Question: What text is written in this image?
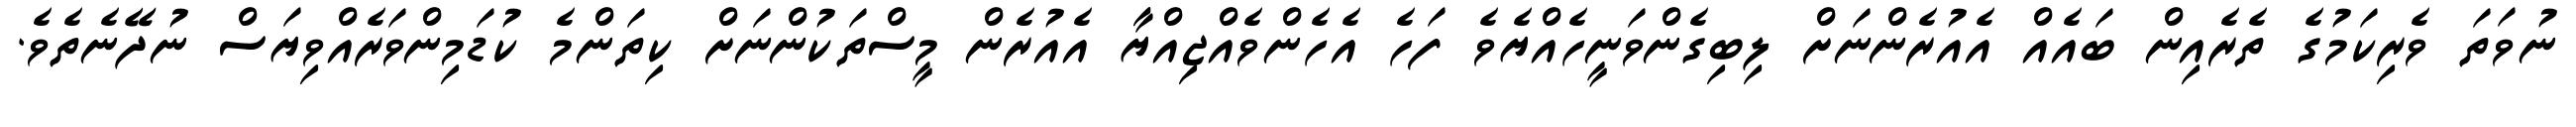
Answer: ނުވަތަ ވެރިކަމުގެ ތެރެއިން ބައެއް އެއުރެންނަށް ލިބިގެންވަނީހެއްޔެވެ ފަހެ އެހެންވެއްޖިއްޔާ އެއުރެން މީސްތަކުންނަށް ކިތަންމެ ކުޑަމިންވަރެއްވިޔަސް ނުދޭނެތެވެ.